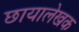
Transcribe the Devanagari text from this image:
छायालेखक